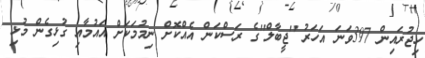
ހިޖުރައިން 397ވަނަ އަހަރު ''ޖީބާލް''ގެ ރަސްކަން އެއްކޮށް ނިމުމަކަށް އައުމާއި ގުޅިގެން މުޅި